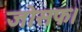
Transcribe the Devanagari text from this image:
जोसफ।